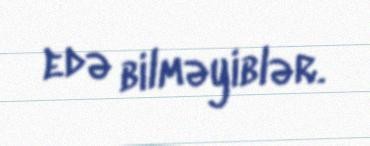
edə bilməyiblər.